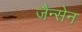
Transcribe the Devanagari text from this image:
जैन्सेन